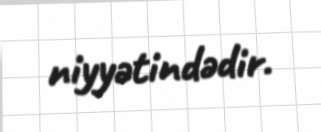
niyyətindədir.